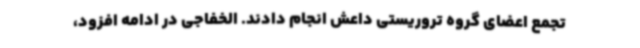
تجمع اعضای گروه تروریستی داعش انجام دادند. الخفاجی در ادامه افزود،